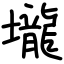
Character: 壠